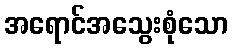
အရောင်အသွေးစုံသော